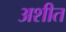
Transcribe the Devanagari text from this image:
अशीत